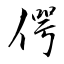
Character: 偔